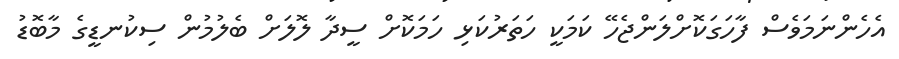
އެހެންނަމަވެސް ފާހަގަކޮށްލަންޖެހޭ ކަމަކީ ހަތަރުކަޅި ހަމަކޮށް ސީދާ ލޮލަށް ބެލުމުން ސިކުނޑީގެ މާބޮޑު